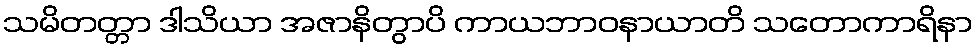
သမိတတ္တာ ဒါသိယာ အဇာနိတွာပိ ကာယဘာဝနာယာတိ သတောကာရိနာ